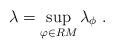
LaTeX: \begin{align*}\lambda = \sup_{\varphi \in RM} \lambda_\phi~. \end{align*}